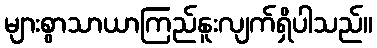
များစွာသာယာကြည်နူးလျက်ရှိပါသည်။